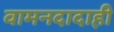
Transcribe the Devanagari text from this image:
वामनदादाही